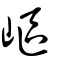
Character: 嶇